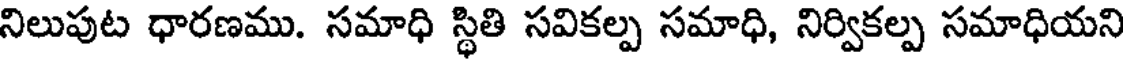
నిలుపుట ధారణము. సమాధి స్థితి సవికల్ప సమాధి, నిర్వికల్ప సమాధియని